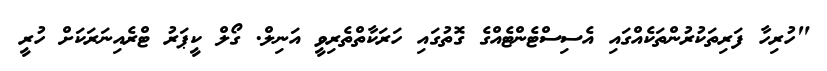
"ހުރިހާ ފަރިތަކުރުންތަކެއްގައި އެސިސްޓެންޓެއްގެ ގޮތުގައި ހަރަކާތްތެރިވީ އަނިލް. ގޯލް ކީޕަރު ޓްރެއިނަރަކަށް ހުރީ